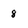
Character: 8